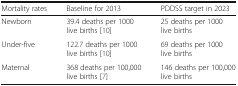
| Mortality rates | Baseline for 2013 | PDDSS target in 2023 |
 | --- | --- | --- |
 | Newborn | 39.4 deaths per 1000 live births [10] | 25 deaths per 1000 live births |
 | Under-five | 122.7 deaths per 1000 live births [10] | 69 deaths per 1000 live births |
 | Maternal | 368 deaths per 100,000 live births [7] | 146 deaths per 100,000 live births |